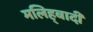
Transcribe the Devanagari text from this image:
मलिह्बादी